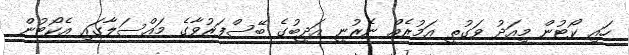
ހައި ކޯޓުން މިއަދު ވަގުތީ އަމުރެއް ނެރުނީ އަދީބުގެ ބޭސްފަރުވާގެ މައްސަލާގައި އެކޯޓުން